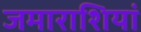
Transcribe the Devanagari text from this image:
जमाराशियां